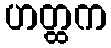
ဟတ္ထက